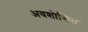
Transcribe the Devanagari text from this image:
अवशोसित